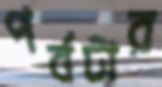
পর্বটার